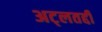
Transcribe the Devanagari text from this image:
अट्लतद्दी